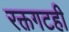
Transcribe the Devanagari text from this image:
रक्तगटही